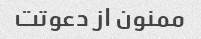
ممنون از دعوتت